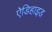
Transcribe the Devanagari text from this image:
ऐडिहाइड